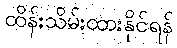
ထိန်းသိမ်းထားနိုင်ရန်